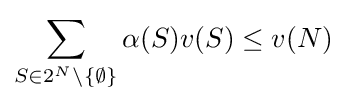
\sum _{S\in 2^{N}\setminus \{\emptyset \}}\alpha (S)v(S)\leq v(N)